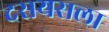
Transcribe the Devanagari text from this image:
दरायसला